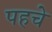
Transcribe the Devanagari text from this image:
पहचे